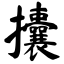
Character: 攮